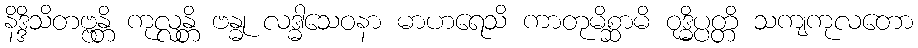
နိဒ္ဒိသိတဗ္ဗန္တိ ကုလ္လန္တိ ဗန္ဓု လဒ္ဓါသေဝနာ မာဟရေသိ ကာတုမိစ္ဆာမိ ဝုဒ္ဓိပ္ပတ္တိ သကျကုလတော